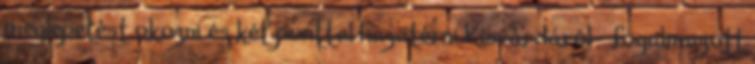
meglepetést okozni és két ponttal hazatérni Kisvárdáról – fogalmazott